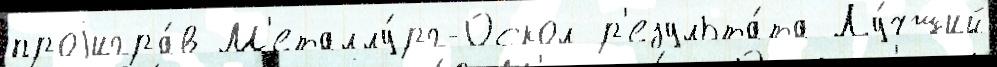
проjигра́в М'еталлу́рг-Оскол р'езульта́та Лу́чший